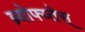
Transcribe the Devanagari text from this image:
ब्र्योफ्य्तेस्